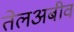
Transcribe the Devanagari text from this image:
तेलअबीव